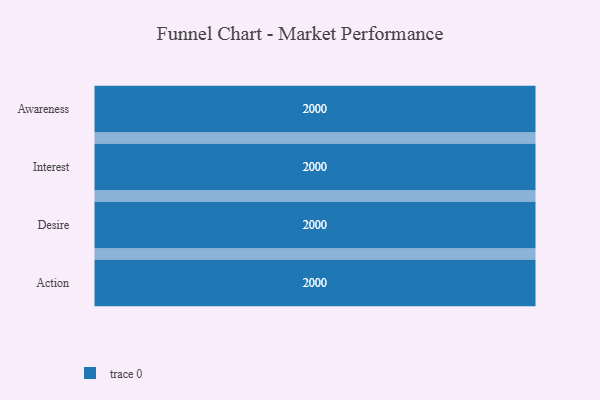
{"axis": {"x": "Stage", "y": "Value"}, "legend": [""], "data": [{"x": "Awareness", "y": 2000, "type": ""}, {"x": "Interest", "y": 2000, "type": ""}, {"x": "Desire", "y": 2000, "type": ""}, {"x": "Action", "y": 2000, "type": ""}]}